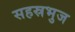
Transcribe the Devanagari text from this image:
सहस्रभुज